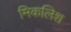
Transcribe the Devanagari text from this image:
मिकलिश